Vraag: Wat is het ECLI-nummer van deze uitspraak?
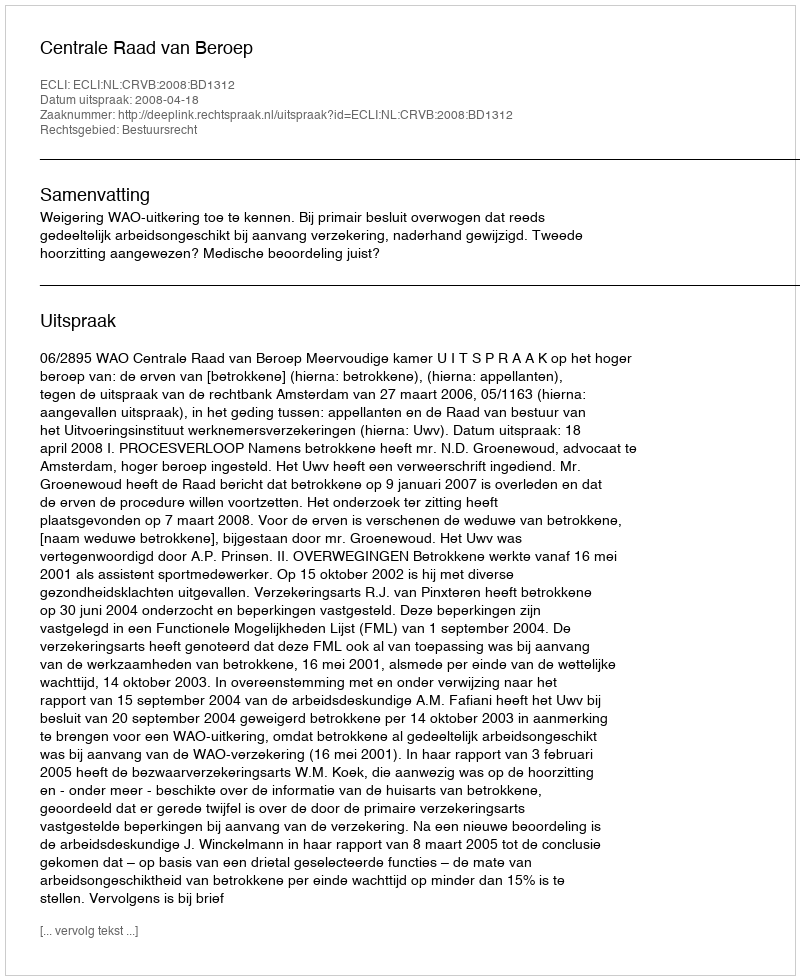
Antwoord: ECLI:NL:CRVB:2008:BD1312